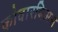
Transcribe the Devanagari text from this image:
कोवारबिअस